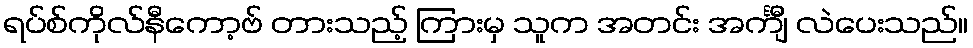
ရပ်စ်ကိုလ်နီကော့ဗ် တားသည့် ကြားမှ သူက အတင်း အင်္ကျီ လဲပေးသည်။